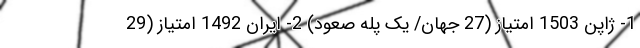
1- ژاپن 1503 امتیاز (27 جهان/ یک پله صعود) 2- ایران 1492 امتیاز (29